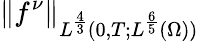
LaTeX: \left\lVert f^{\nu}\right\rVert_{L^{\frac 43}(0,T;L^{\frac 65}(\Omega))}